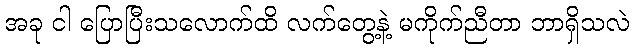
အခု ငါ ပြောပြီးသလောက်ထိ လက်တွေ့နဲ့ မကိုက်ညီတာ ဘာရှိသလဲ